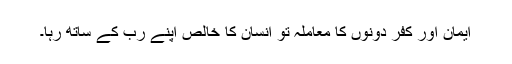
ایمان اور کفر دونوں کا معاملہ تو انسان کا خالص اپنے رب کے ساتھ رہا۔